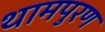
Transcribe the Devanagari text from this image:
थामपुरण